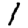
Digit: 1